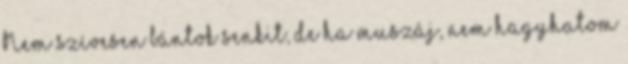
Nem szívesen bántok senkit, de ha muszáj, nem hagyhatom